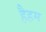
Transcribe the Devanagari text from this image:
हैहम